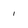
Character: 1